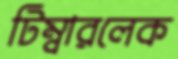
টিম্বারলেক